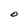
Character: O